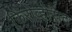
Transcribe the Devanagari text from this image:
किरोव्होराद